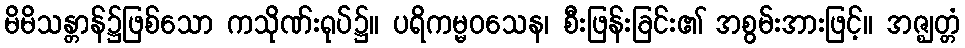
မိမိသန္တာန်၌ဖြစ်သော ကသိုဏ်းရုပ်၌။ ပရိကမ္မဝသေန၊ စီးဖြန်းခြင်း၏ အစွမ်းအားဖြင့်။ အဇ္ဈတ္တံ